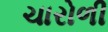
ચારોળી